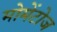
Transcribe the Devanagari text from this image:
मोमेंटोज